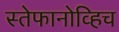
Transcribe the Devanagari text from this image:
स्तेफानोव्हिच